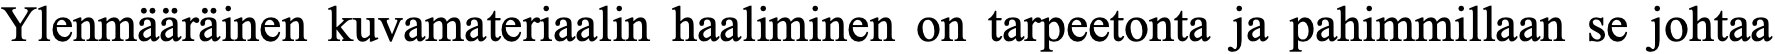
Ylenmääräinen kuvamateriaalin haaliminen on tarpeetonta ja pahimmillaan se johtaa